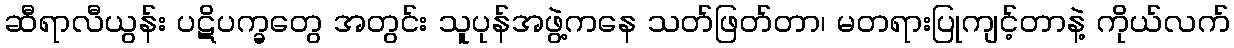
ဆီရာလီယွန်း ပဋိပက္ခတွေ အတွင်း သူပုန်အဖွဲ့ကနေ သတ်ဖြတ်တာ၊ မတရားပြုကျင့်တာနဲ့ ကိုယ်လက်